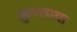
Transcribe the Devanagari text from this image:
क्रुगलाया